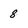
Character: 8